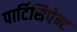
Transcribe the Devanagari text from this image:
पार्टिसिपेन्ट